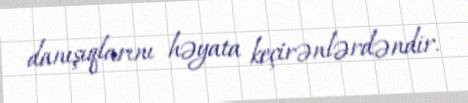
danışıqlarını həyata keçirənlərdəndir.